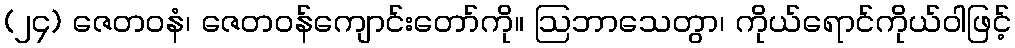
(၂၄) ဇေတဝနံ၊ ဇေတဝန်ကျောင်းတော်ကို။ ဩဘာသေတွာ၊ ကိုယ်ရောင်ကိုယ်ဝါဖြင့်